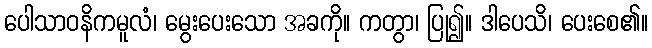
ပေါသာဝနိကမူလံ၊ မွေးပေးသော အခကို။ ကတွာ၊ ပြု၍။ ဒါပေသိ၊ ပေးစေ၏။